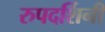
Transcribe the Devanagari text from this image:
रुपदर्शिनी